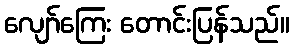
လျော်ကြေး တောင်းပြန်သည်။